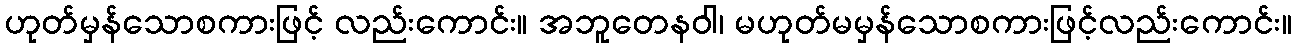
ဟုတ်မှန်သောစကားဖြင့် လည်းကောင်း။ အဘူတေနဝါ၊ မဟုတ်မမှန်သောစကားဖြင့်လည်းကောင်း။